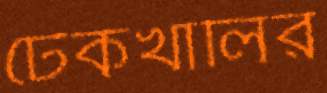
টেকখালির